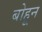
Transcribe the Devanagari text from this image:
बोहून